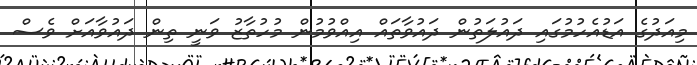
މިއަދުގެ އަޑުއެހުމުގައި ދައުލަތުން ދައުވާތައް އިއްވުމުން މުހުތާޒު ވަނީ ތިން ދައުވާއަށް ވެސް